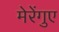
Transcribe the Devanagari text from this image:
मेरेंगुए